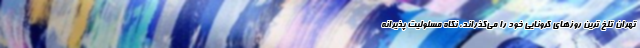
تهران تلخ ترین روزهای کرونایی خود را می‌گذراند، نگاه مسئولیت پذیرانه